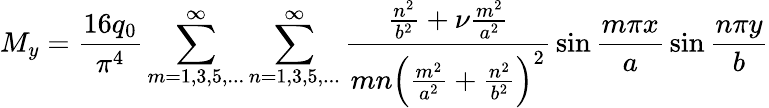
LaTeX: M_{y}={\frac{16q_{0}}{\pi^{4}}}\sum_{m=1,3,5,...}^{\infty}\sum_{n=1,3,5,...}^{\infty}{\frac{{\frac{n^{2}}{b^{2}}}+\nu{\frac{m^{2}}{a^{2}}}}{mn\left({\frac{m^{2}}{a^{2}}}+{\frac{n^{2}}{b^{2}}}\right)^{2}}}\sin{\frac{m\pi x}{a}}\sin{\frac{n\pi y}{b}}